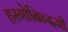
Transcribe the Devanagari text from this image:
हरगोबिन्दजी